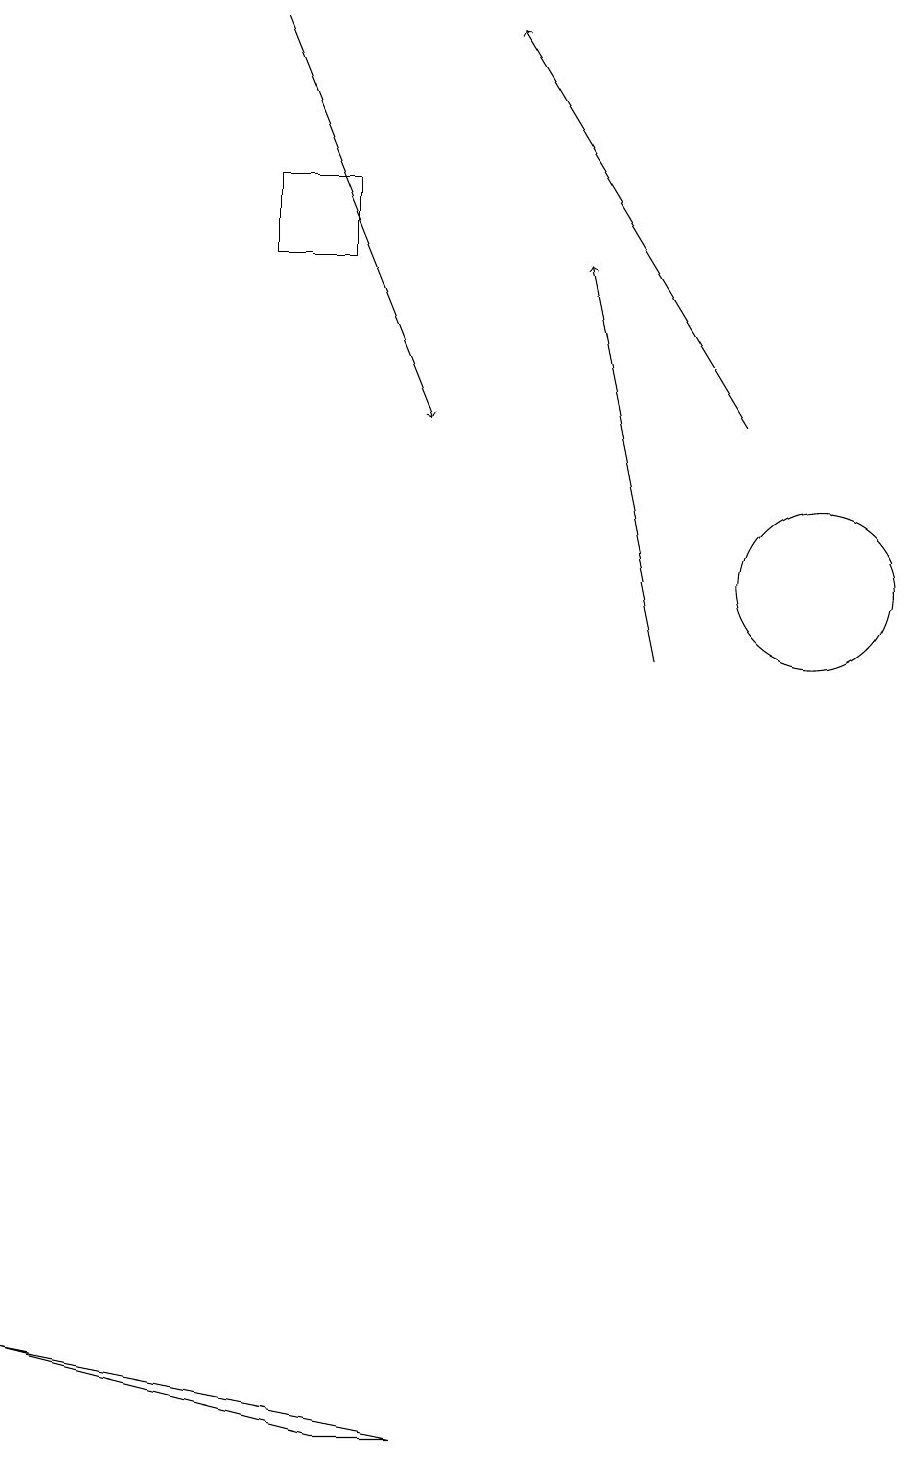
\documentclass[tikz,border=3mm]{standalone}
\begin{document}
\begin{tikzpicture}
\draw (10,11) circle (1);
\draw[->] (8,10) -- (7,15);
\draw (5,0) -- (0,1) -- (4,0) -- cycle;
\draw (4,16) rectangle (3,15);
\draw[->] (3,18) -- (5,13);
\draw[->] (9,13) -- (6,18);
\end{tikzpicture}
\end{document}